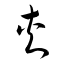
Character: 夾